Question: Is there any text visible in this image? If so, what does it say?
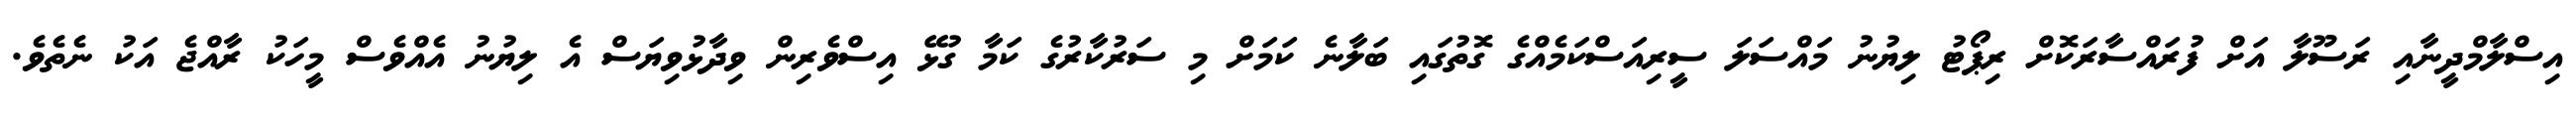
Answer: އިސްލާމްދީނާއި ރަސޫލާ އަށް ފުރައްސާރަކޮށް ރިޕޯޓު ލިޔުނު މައްސަލަ ސީރިއަސްކަމެއްގެ ގޮތުގައި ބަލާނެ ކަމަށް މި ސަރުކާރުގެ ކަމާ ގުޅޭ އިސްވެރިން ވިދާޅުވިޔަސް އެ ލިޔުނު އެއްވެސް މީހަކު ރާއްޖެ އަކު ނެތެވެ.